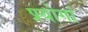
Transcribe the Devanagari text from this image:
प्रयोगां